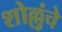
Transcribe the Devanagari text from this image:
शोल्लुंचे